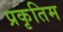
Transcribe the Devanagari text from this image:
प्रकृतिम